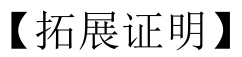
【拓展证明】